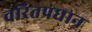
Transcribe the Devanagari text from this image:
चरितप्रधान